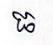
ធ